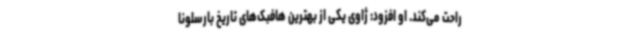
راحت می‌کند. او افزود: ژاوی یکی از بهترین هافبک‌های تاریخ بارسلونا